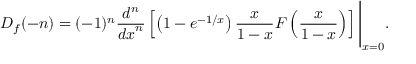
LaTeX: D _ { f } ( - n ) = ( - 1 ) ^ { n } { \frac { d ^ { n } } { { d x } ^ { n } } } \left[ \left( 1 - e ^ { - 1 / x } \right) { \frac { x } { 1 - x } } F \left( { \frac { x } { 1 - x } } \right) \right] { \Biggr | } _ { x = 0 } .